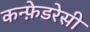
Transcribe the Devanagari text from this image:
कन्फ़ेडरेसी